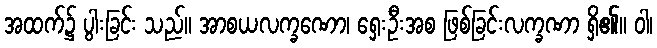
အထက်၌ ပွါးခြင်း သည်။ အာစယလက္ခဏော၊ ရှေးဦးအစ ဖြစ်ခြင်းလက္ခဏာ ရှိ၏။ ဝါ၊